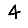
Digit: 4